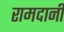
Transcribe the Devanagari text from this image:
रामदानी